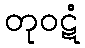
တုဝဋံ